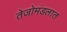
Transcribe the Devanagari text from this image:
तेजोमंडलात